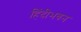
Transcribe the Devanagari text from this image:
हिंदीभवन